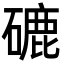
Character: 䃙